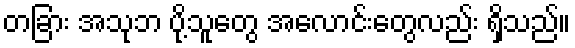
တခြား အသုဘ ပို့သူတွေ အလောင်းတွေလည်း ရှိသည်။